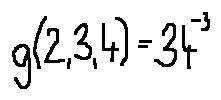
g ( 2 , 3 , 4 ) = 3 4 ^ { - 3 }